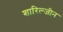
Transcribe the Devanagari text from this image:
शारिल्जीन